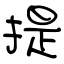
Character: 提